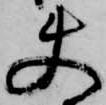
使